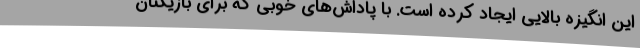
این انگیزه بالایی ایجاد کرده است. با پاداش‌های خوبی که برای بازیکنان